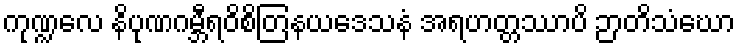
ကုဏ္ဍလေ နိပုဏဂမ္ဘီရဝိစိတြနယဒေသနံ အရဟတ္တဿာပိ ဉာတိသံဃော